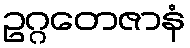
ဥဂ္ဂတေဇာနံ